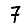
Digit: 7